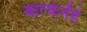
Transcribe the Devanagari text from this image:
बाल्केनेंडे